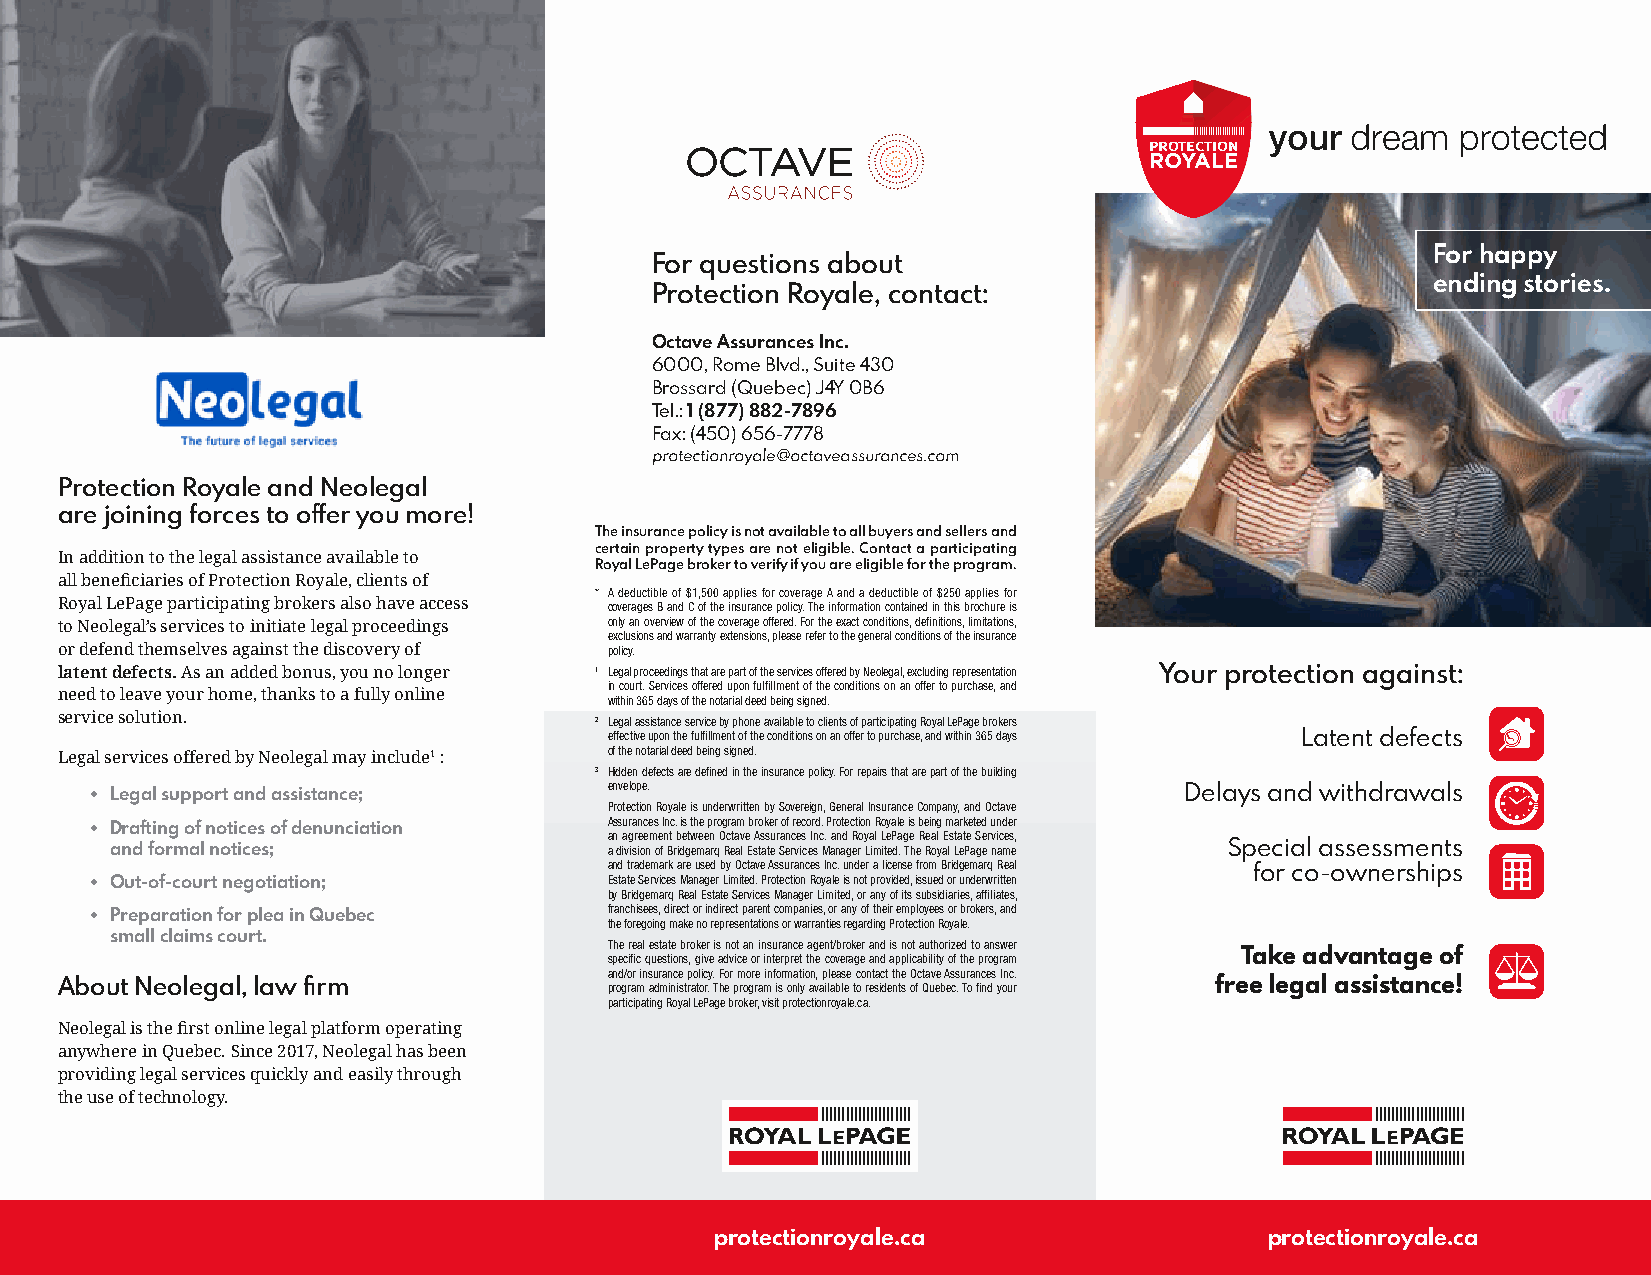
PROTECTION
 For happy
 For questions about
 ending stories.
 Protection Royale, contact:
 Octave Assurances Inc.
 6000, Rome Blvd., Suite 430
 Brossard (Quebec) J4Y 0B6
 Tel.: 1 (877) 882-7896
 Fax: (450) 656-7778
 protectionroyale@octaveassurances.com
 Protection Royale and Neolegal
 are joining forces to offer you more!
 The insurance policy is not available to all buyers and sellers and
 certain property types are not eligible. Contact a participating
 In addition to the legal assistance available to
 Royal LePage broker to verify if you are eligible for the program.
 all beneficiaries of Protection Royale, clients of
 * A deductible of $1,500 applies for coverage A and a deductible of $250 applies for
 Royal LePage participating brokers also have access coverages B and C of the insurance policy. The information contained in this brochure is
 to Neolegal’s services to initiate legal proceedings only an overview of the coverage offered. For the exact conditions, definitions, limitations,
 exclusions and warranty extensions, please refer to the general conditions of the insurance
 or defend themselves against the discovery of policy.
 latent defects. As an added bonus, you no longer 1 Legal proceedings that are part of the services offered by Neolegal, excluding representation Your protection against:
 in court. Services offered upon fulfillment of the conditions on an offer to purchase, and
 need to leave your home, thanks to a fully online
 within 365 days of the notarial deed being signed.
 service solution.                  2 Legal assistance service by phone available to clients of participating Royal LePage brokers
 effective upon the fulfillment of the conditions on an offer to purchase, and within 365 days Latent defects
 Legal services offered by Neolegal may include1 : of the notarial deed being signed.
 3 Hidden defects are defined in the insurance policy. For repairs that are part of the building
 • Legal support and assistance;   envelope.                             Delays and withdrawals
 Protection Royale is underwritten by Sovereign, General Insurance Company, and Octave
 Assurances Inc. is the program broker of record. Protection Royale is being marketed under
 • Drafting of notices of denunciation
 an agreement between Octave Assurances Inc. and Royal LePage Real Estate Services,
 and formal notices;              a division of Bridgemarq Real Estate Services Manager Limited. The Royal LePage name Special assessments
 and trademark are used by Octave Assurances Inc. under a license from Bridgemarq Real for co-ownerships
 • Out-of-court negotiation;       Estate Services Manager Limited. Protection Royale is not provided, issued or underwritten
 by Bridgemarq Real Estate Services Manager Limited, or any of its subsidiaries, affiliates,
 franchisees, direct or indirect parent companies, or any of their employees or brokers, and
 • Preparation for plea in Quebec
 the foregoing make no representations or warranties regarding Protection Royale.
 small claims court.
 The real estate broker is not an insurance agent/broker and is not authorized to answer
 specific questions, give advice or interpret the coverage and applicability of the program Take advantage of
 and/or insurance policy. For more information, please contact the Octave Assurances Inc.
 About Neolegal, law firm            program administrator. The program is only available to residents of Quebec. To find your free legal assistance!
 participating Royal LePage broker, visit protectionroyale.ca.
 Neolegal is the first online legal platform operating
 anywhere in Quebec. Since 2017, Neolegal has been
 providing legal services quickly and easily through
 the use of technology.
 protectionroyale.ca                  protectionroyale.ca